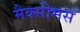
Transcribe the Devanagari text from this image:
मैक्सीमस